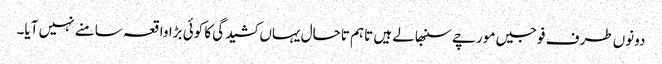
دونوں طرف فوجیں مورچے سنبھالے ہیں تاہم تاحال یہاں کشیدگی کا کوئی بڑا واقعہ سامنے نہیں آیا۔